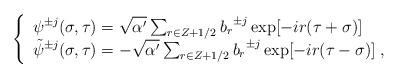
LaTeX: \begin{align*} \left\{ \begin{array}{l} {\psi}^{\pm j}(\sigma, \tau) = \sqrt{\alpha'}\sum_{r \in Z+1/2} { b_{r}}^{\pm j} \exp[-i r (\tau + \sigma) ] \\{\tilde{\psi}}^{\pm j}(\sigma, \tau) = - \sqrt{\alpha '}\sum_{r \in Z+1/2} { b_{r}}^{\pm j} \exp[-i r (\tau - \sigma )]\; , \end{array}\right.\end{align*}